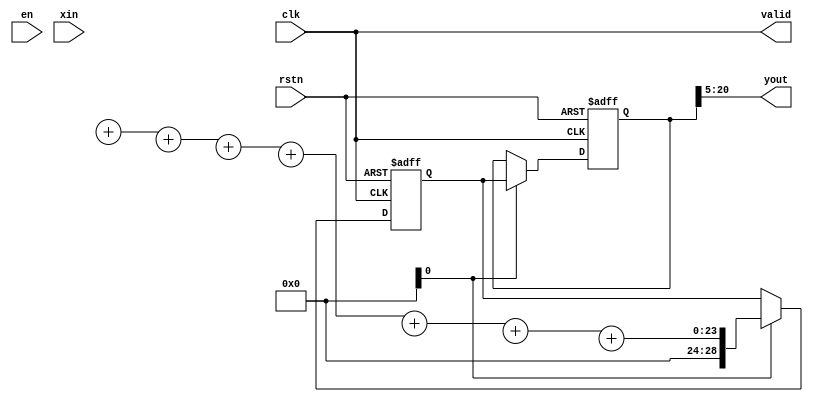
module fir
(
   input                rstn,
   input                clk, // Fs=20K
   input                en,
   input        [7:0]  	xin, //
   output               valid,
   output        [15:0] yout
);

   reg [3:0]            en_r ;
   always @(posedge clk or negedge rstn) begin
      if (!rstn) begin
         en_r[3:0]      <= 'b0 ;
      end
      else begin
         en_r[3:0]      <= {en_r[2:0], en} ;
      end
   end

   //(1) parallel fir means multipler working in parallel, so 16 regs needed
   reg        [7:0]    xin_reg[15:0];
   reg [3:0]            i, j ;

   always @(posedge clk or negedge rstn) begin
      if (!rstn) begin
         for (i=0; i<15; i=i+1) begin
            xin_reg[i]  <= 8'b0;
         end
      end
      else if (en) begin
         for (j=0; j<15; j=j+1) begin
            xin_reg[j+1] <= xin_reg[j] ; // data shift every clock cycle
         end
         xin_reg[0] <= xin ;
      end
   end

   //Only 8 multipliers needed because of the symmetyr of FIR filter coefficient
   //(2)expanding bit-width of        data and adding them with the same coefficient
   reg        [8:0]    add_reg[7:0];
   always @(posedge clk or negedge rstn) begin
      if (!rstn) begin
         for (i=0; i<8; i=i+1) begin
            add_reg[i] <= 9'd0 ;
         end
      end
      else if (en_r[0]) begin
         for (i=0; i<8; i=i+1) begin
            add_reg[i] <= xin_reg[i] + xin_reg[15-i] ;
         end
      end
   end


   //(3) 8 multipliers
   wire        [7:0]   coe[7:0] ;
   assign coe[0]        = 12'd20 ;
   assign coe[1]        = 12'd34 ;
   assign coe[2]        = 12'd58 ;
   assign coe[3]        = 12'd85 ;
   assign coe[4]        = 12'd115 ;
   assign coe[5]        = 12'd141 ;
   assign coe[6]        = 12'd162 ;
   assign coe[7]        = 12'd173 ;
   wire        [16:0]   mout[7:0]; //coe bit-width 8bit;        data bit-width 9bit; 17bit total

`ifdef SAFE_DESIGN
   wire [7:0]          valid_mult ;
   genvar              k ;
	   mult_man #(9, 8)
           u_mult_paral
           (.clk        (clk),
            .rstn       (rstn),
            .data_rdy   (en_r[1]),
            .mult1      (add_reg[0]),
            .mult2      (coe[0]),
            .res_rdy    (valid_mult[0]),   //all data valid are the same
            .res        (mout[0])
            );
   generate
      for (k=1; k<8; k=k+1) begin
         mult_man #(9, 8)
         u_mult_paral
           (.clk        (clk),
            .rstn       (rstn),
            .data_rdy   (en_r[1]),
            .mult1      (add_reg[k]),
            .mult2      (coe[k]),
            .res_rdy    (valid_mult[k]),   //all data valid are the same
            .res        (mout[k])
            );
       end
   endgenerate
   wire valid_mult7     = valid_mult[7] ;
 

`endif

   //(4) accumulation(integrator), 8 25-bit data ------------> 1 29-bit data
   reg [3:0]            valid_mult_r ;
   always @(posedge clk or negedge rstn) begin
      if (!rstn) begin
         valid_mult_r[3:0]      <= 'b0 ;
      end
      else begin
         valid_mult_r[3:0]      <= {valid_mult_r[2:0], valid_mult7} ;
      end
   end

`ifdef SAFE_DESIGN

  //(4) accumulation(integrator), 8 25-bit data ------------> 1 28-bit data
   reg        [28:0]    sum1 ;
   reg        [28:0]    sum2 ;
   reg        [28:0]    yout_t ;

   always @(posedge clk or negedge rstn) begin
      if (!rstn) begin
         sum1   <= 29'd0 ;
         sum2   <= 29'd0 ;
         yout_t <= 29'd0 ;
      end
      else if(valid_mult7) begin
         sum1   <= mout[0] + mout[1] + mout[2] + mout[3] ;
         sum2   <= mout[4] + mout[5] + mout[6] + mout[7] ;
         yout_t <= sum1 + sum2 ;
      end
   end

`else // !`ifdef SAFE_DESIGN
   reg signed [28:0]    sum ;
   reg signed [28:0]    yout_t ;
   always @(posedge clk or negedge rstn) begin
      if (!rstn) begin
         sum    <= 29'd0 ;
         yout_t <= 29'd0 ;
      end
      else if (valid_mult7) begin
         sum    <= mout[0] + mout[1] + mout[2] + mout[3] + mout[4] + mout[5] + mout[6] + mout[7];
         yout_t <= sum ;
      end
   end


`endif

   assign yout  = yout_t[20:5] ;
   assign valid = clk;


endmodule